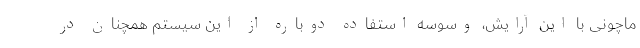
ماچونی با این آرایش، وسوسه استفاده دوباره از این سیستم همچنان در